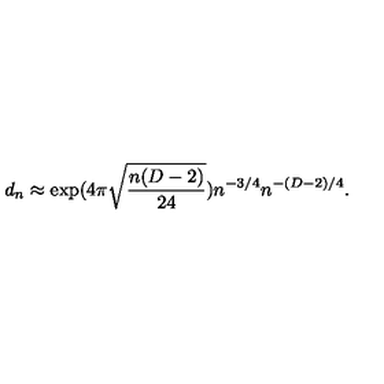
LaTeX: d _ { n } \approx \exp ( 4 \pi \sqrt { \frac { n ( D - 2 ) } { 2 4 } } ) n ^ { - 3 / 4 } n ^ { - ( D - 2 ) / 4 } .